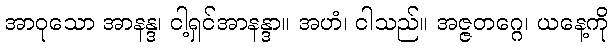
အာဝုသော အာနန္ဒ၊ ငါ့ရှင်အာနန္ဒာ။ အဟံ၊ ငါသည်။ အဇ္ဇတဂ္ဂေ၊ ယနေ့ကို